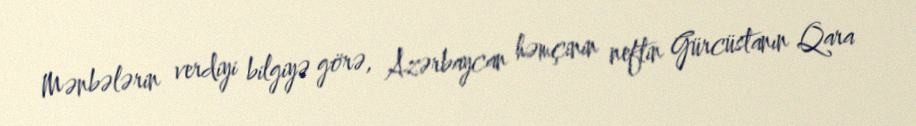
Mənbələrin verdiyi bilgiyə görə, Azərbaycan həmçinin neftin Gürcüstanın Qara